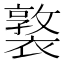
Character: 𧝗